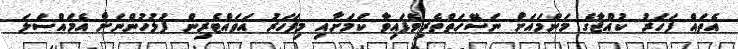
އެތައް ފަހަރު ކުއްޖާގެ މަންމައަށް ނަސޭހަތްތެރިވެފައިވާ ކަމަށާއި މިފަހަރު އަވައްޓެރިން ފުލުހުންނަށް އެމައްސަލަ